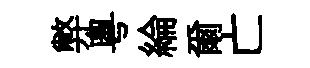
弊粤綸爾亡